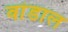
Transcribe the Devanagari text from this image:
वांडाल